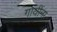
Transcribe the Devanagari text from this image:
गायींना